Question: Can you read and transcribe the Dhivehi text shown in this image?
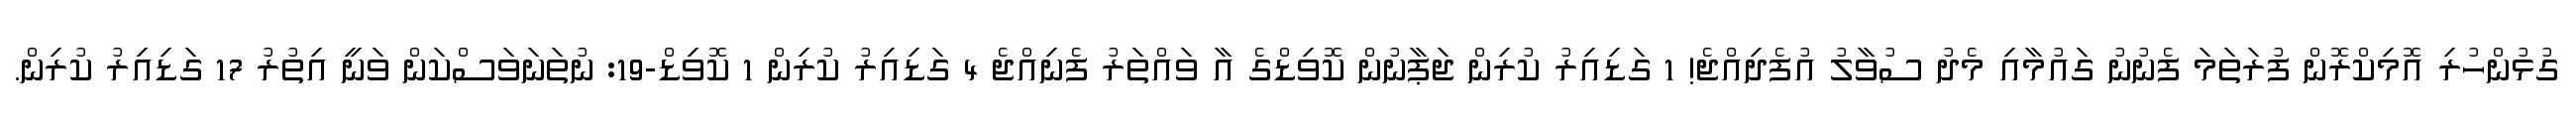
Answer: ގުޅުންހުރި އޮމިކްރޮން ފުރަތަމަ ފެނުނު ގައުމާއި މެދު ސުވާލު އުފެދިއްޖެ! 1 ގަޑިއިރު ކުރިން ޖަޕާނުން ކޮވިޑްގެ އާ ވައްތަރު ފެނިއްޖެ 4 ގަޑިއިރު ކުރިން 1 ކޮވިޑް-19: ނުތަނަވަސްކަން ވަނީ އިތުރު 17 ގަޑިއިރު ކުރިން.